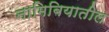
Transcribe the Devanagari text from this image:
नामिबियातील